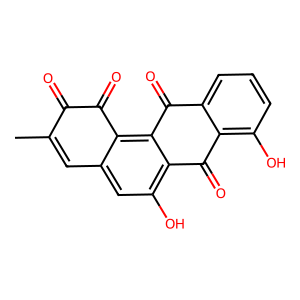
SMILES: Cc1cc2cc(O)c3c(=O)c4c(O)cccc4c(=O)c3c2c(=O)c1=O
Inhibits HIV replication: No